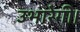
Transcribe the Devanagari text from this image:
उभारेगी।